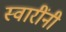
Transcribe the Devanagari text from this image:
स्वारींनी